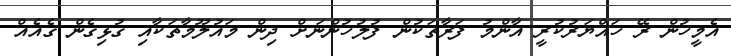
އެމީހުން ރޭ ހައްޔަރުކުރީ އާންމު ފަރާތަކުން ފުލުހުންނަށް ދިން މައުލޫމާތަކާއި ގުޅިގެން ގެއެއް